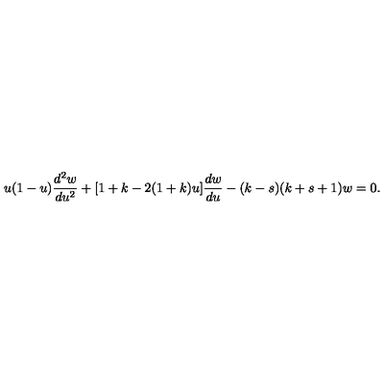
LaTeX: u ( 1 - u ) \frac { d ^ { 2 } w } { d u ^ { 2 } } + [ 1 + k - 2 ( 1 + k ) u ] \frac { d w } { d u } - ( k - s ) ( k + s + 1 ) w = 0 .